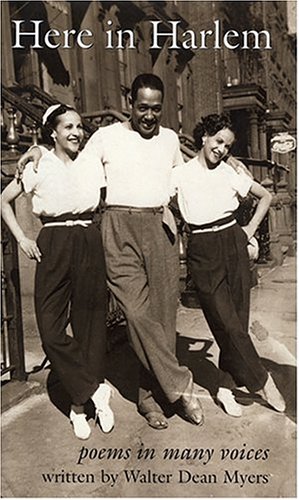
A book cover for Here in Harlem: Poems in Many Voices (Bank Street College of Education Claudia Lewis Award (Awards)); Walter Dean Myers; Teen & Young Adult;